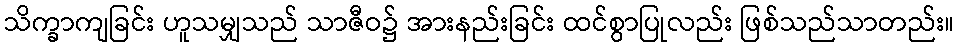
သိက္ခာကျခြင်း ဟူသမျှသည် သာဇီဝ၌ အားနည်းခြင်း ထင်စွာပြုလည်း ဖြစ်သည်သာတည်း။